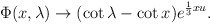
\begin{align*}\Phi (x,\lambda )\rightarrow (\cot \lambda -\cot x)e^{\frac{1}{3}xu}.\end{align*}